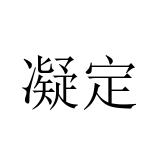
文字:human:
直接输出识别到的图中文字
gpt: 凝定